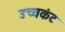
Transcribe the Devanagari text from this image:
उच्चकंठ